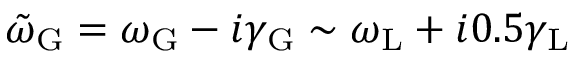
\tilde { \omega } _ { \mathrm { G } } = \omega _ { \mathrm { G } } - i \gamma _ { \mathrm { G } } \sim \omega _ { \mathrm { L } } + i 0 . 5 \gamma _ { \mathrm { L } }